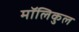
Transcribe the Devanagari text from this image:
मॉलिकुल